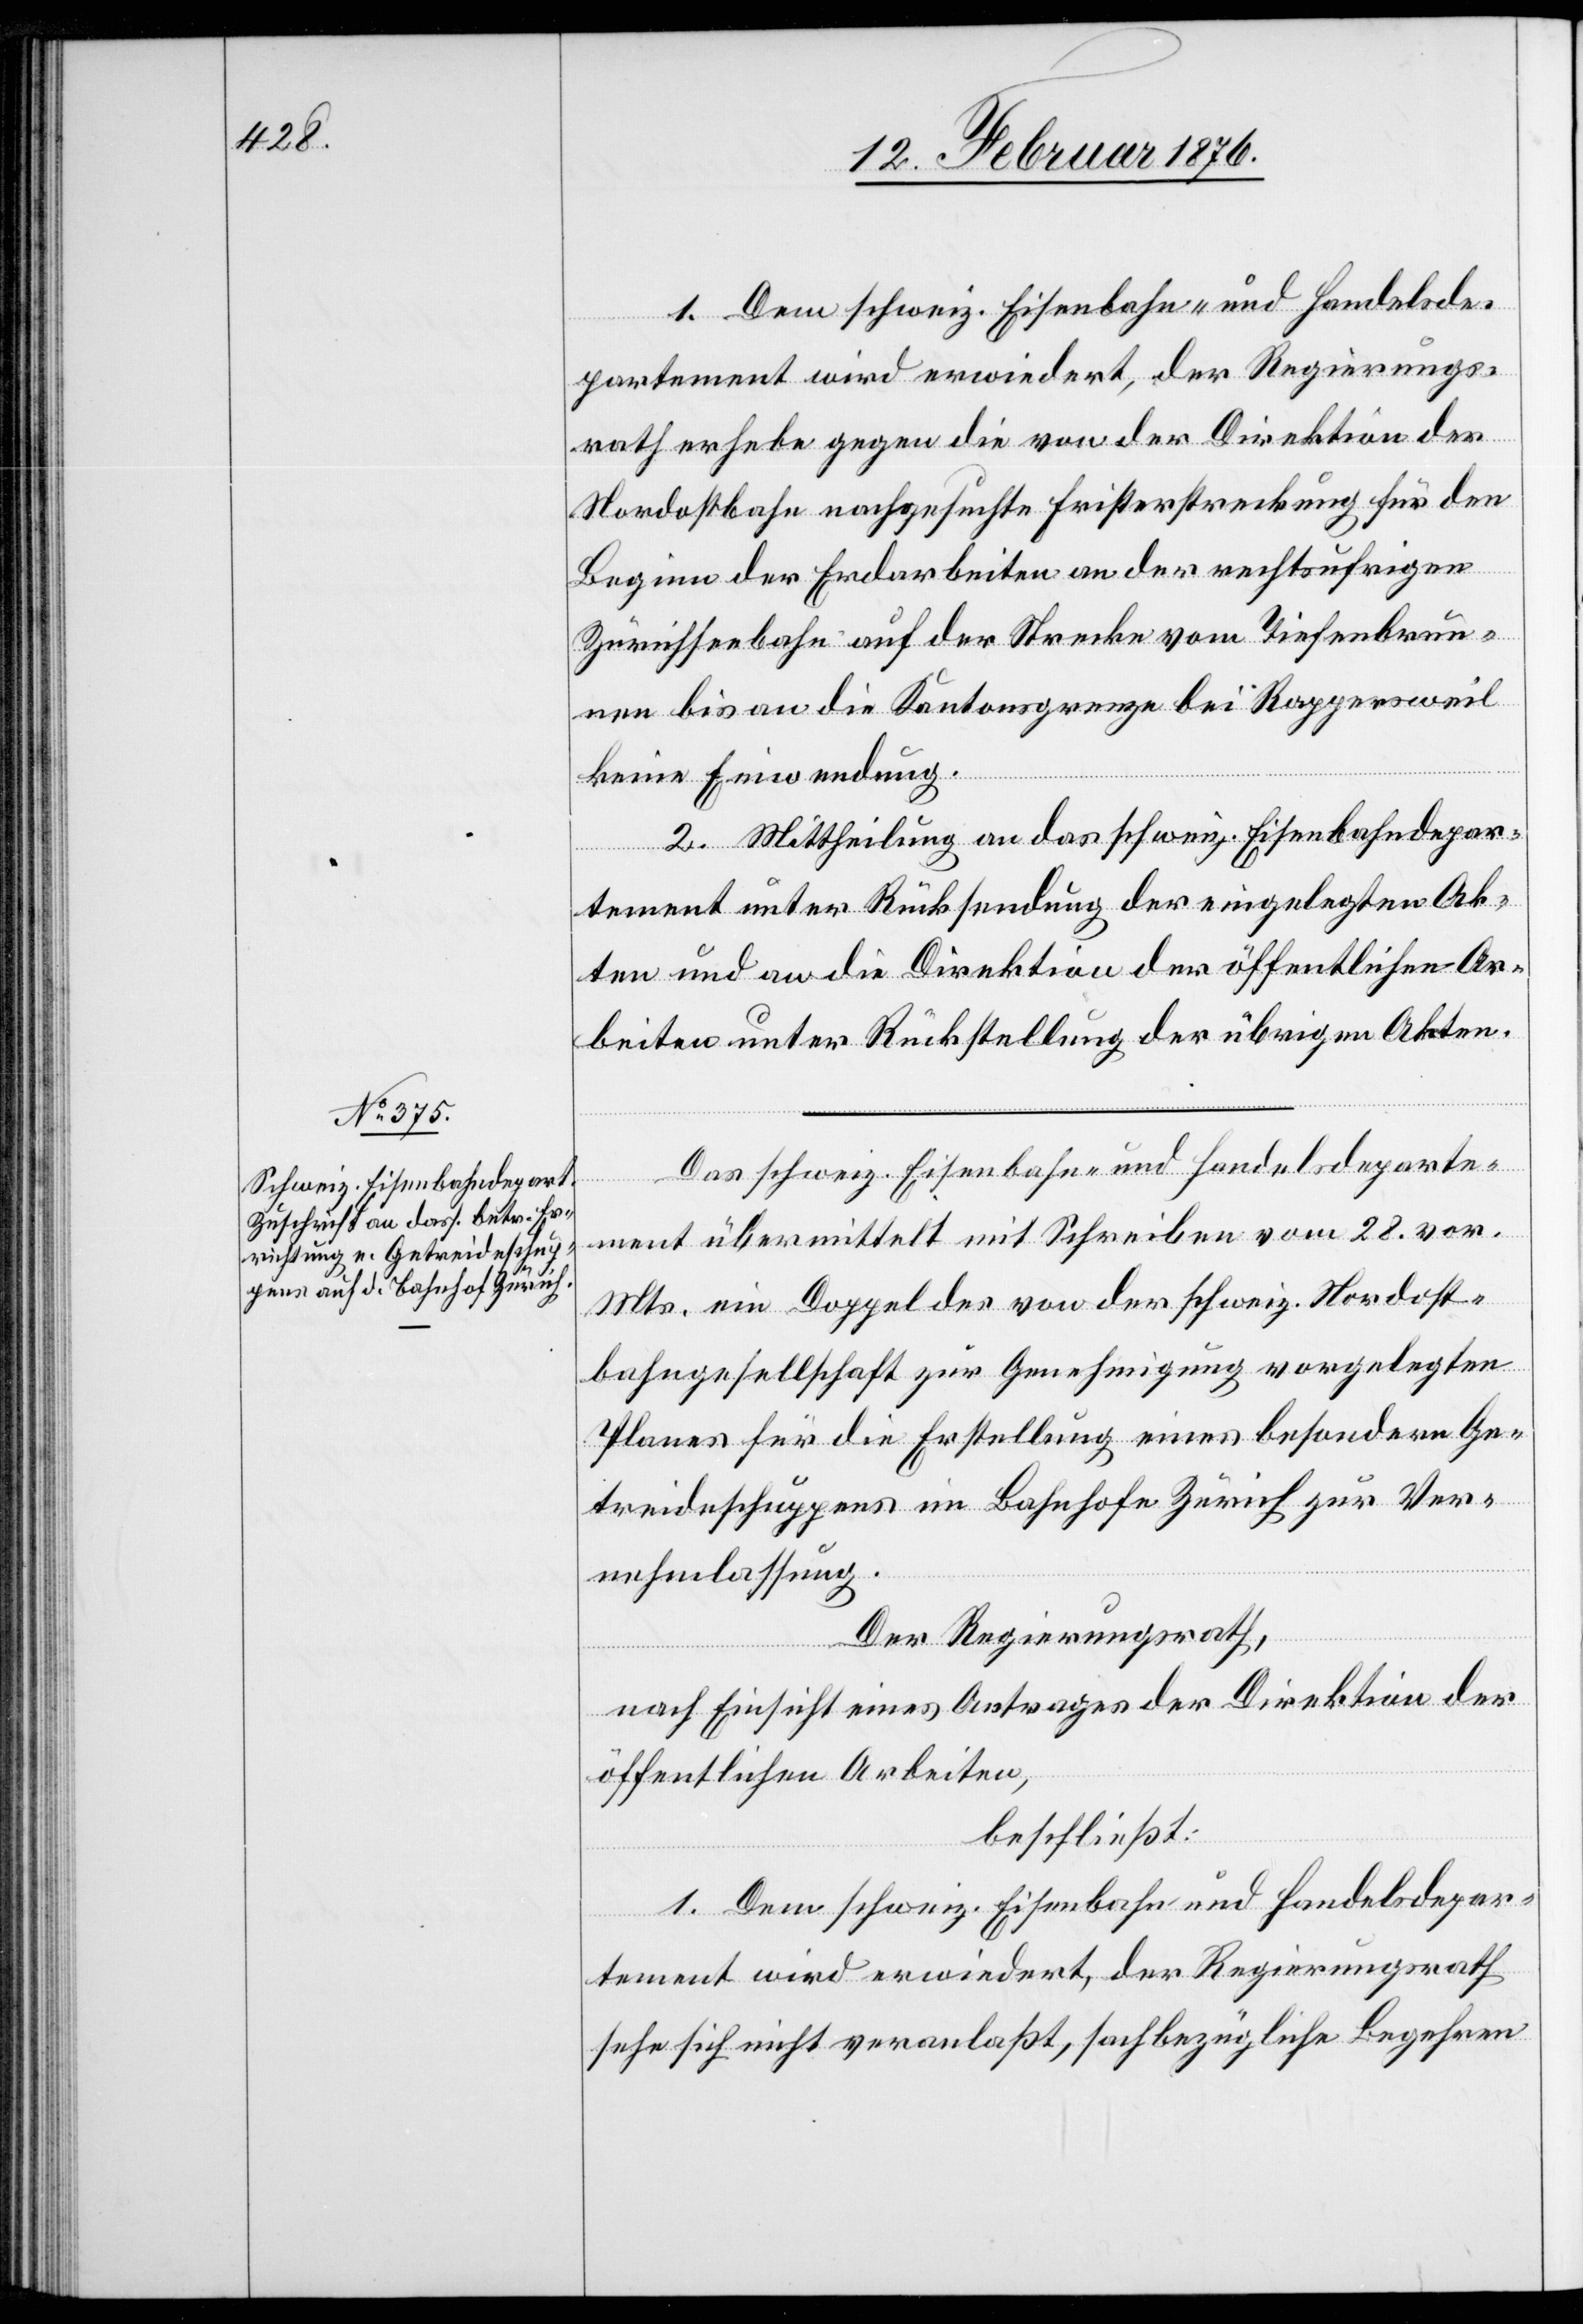
1. Dem schweiz. Eisenbahn- und Handelsde¬
partement wird erwiedert, der Regierungs¬
rath erhebe gegen die von der Direktion der
Nordostbahn nachgesuchte Fristverlängerung für den
Beginn der Erdarbeiten an der rechtsufrigen
Zürichseebahn auf der Strecke vom Tiefenbrun¬
nen bis an die Kantonsgrenze bei Roggersweil
keine Einwendung.
2. Mittheilung an das schweiz. Eisenbahndepar¬
tement unter Rücksendung der eingelegten Ak¬
ten und an die Direktion der öffentlichen Ar¬
beiten unter Rückstellung der übrigen Akten.
Das schweiz. Eisenbahn- und Handelsdeparte¬
ment übermittelt mit Schreiben vom 28. vor.
Mts. ein Doppel des von der schweiz. Nordost¬
bahngesellschaft zur Genehmigung vorgelegten
Planes für die Erstellung eines besonderen Ge¬
treideschuppens im Bahnhof Zürich zur Ver¬
nehmlassung.
Der Regierungsrath,
nach Einsicht eines Antrage der Direktion der
öffentlichen Arbeiten,
beschließt:
1. Dem schweiz. Eisenbahn- und Handelsdepar¬
tement wird erwiedert, der Regierungsrath
habe sich nicht veranlaßt, sachbezügliche Begehren